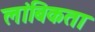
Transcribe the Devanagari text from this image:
लांबिकता